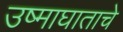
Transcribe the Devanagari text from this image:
उष्माघाताचे